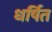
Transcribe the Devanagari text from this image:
धर्षित